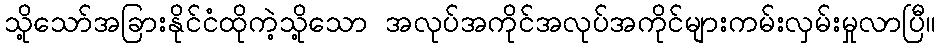
သို့သော်အခြားနိုင်ငံထိုကဲ့သို့သော အလုပ်အကိုင်အလုပ်အကိုင်များကမ်းလှမ်းမှုလာပြီ။